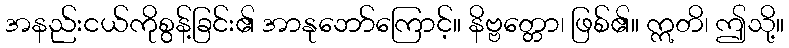
အနည်းငယ်ကိုစွန့်ခြင်း၏ အာနုဘော်ကြောင့်။ နိဗ္ဗတ္တော၊ ဖြစ်၏။ ဣတိ၊ ဤသို့။